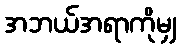
အဘယ်အရာကိုမျှ